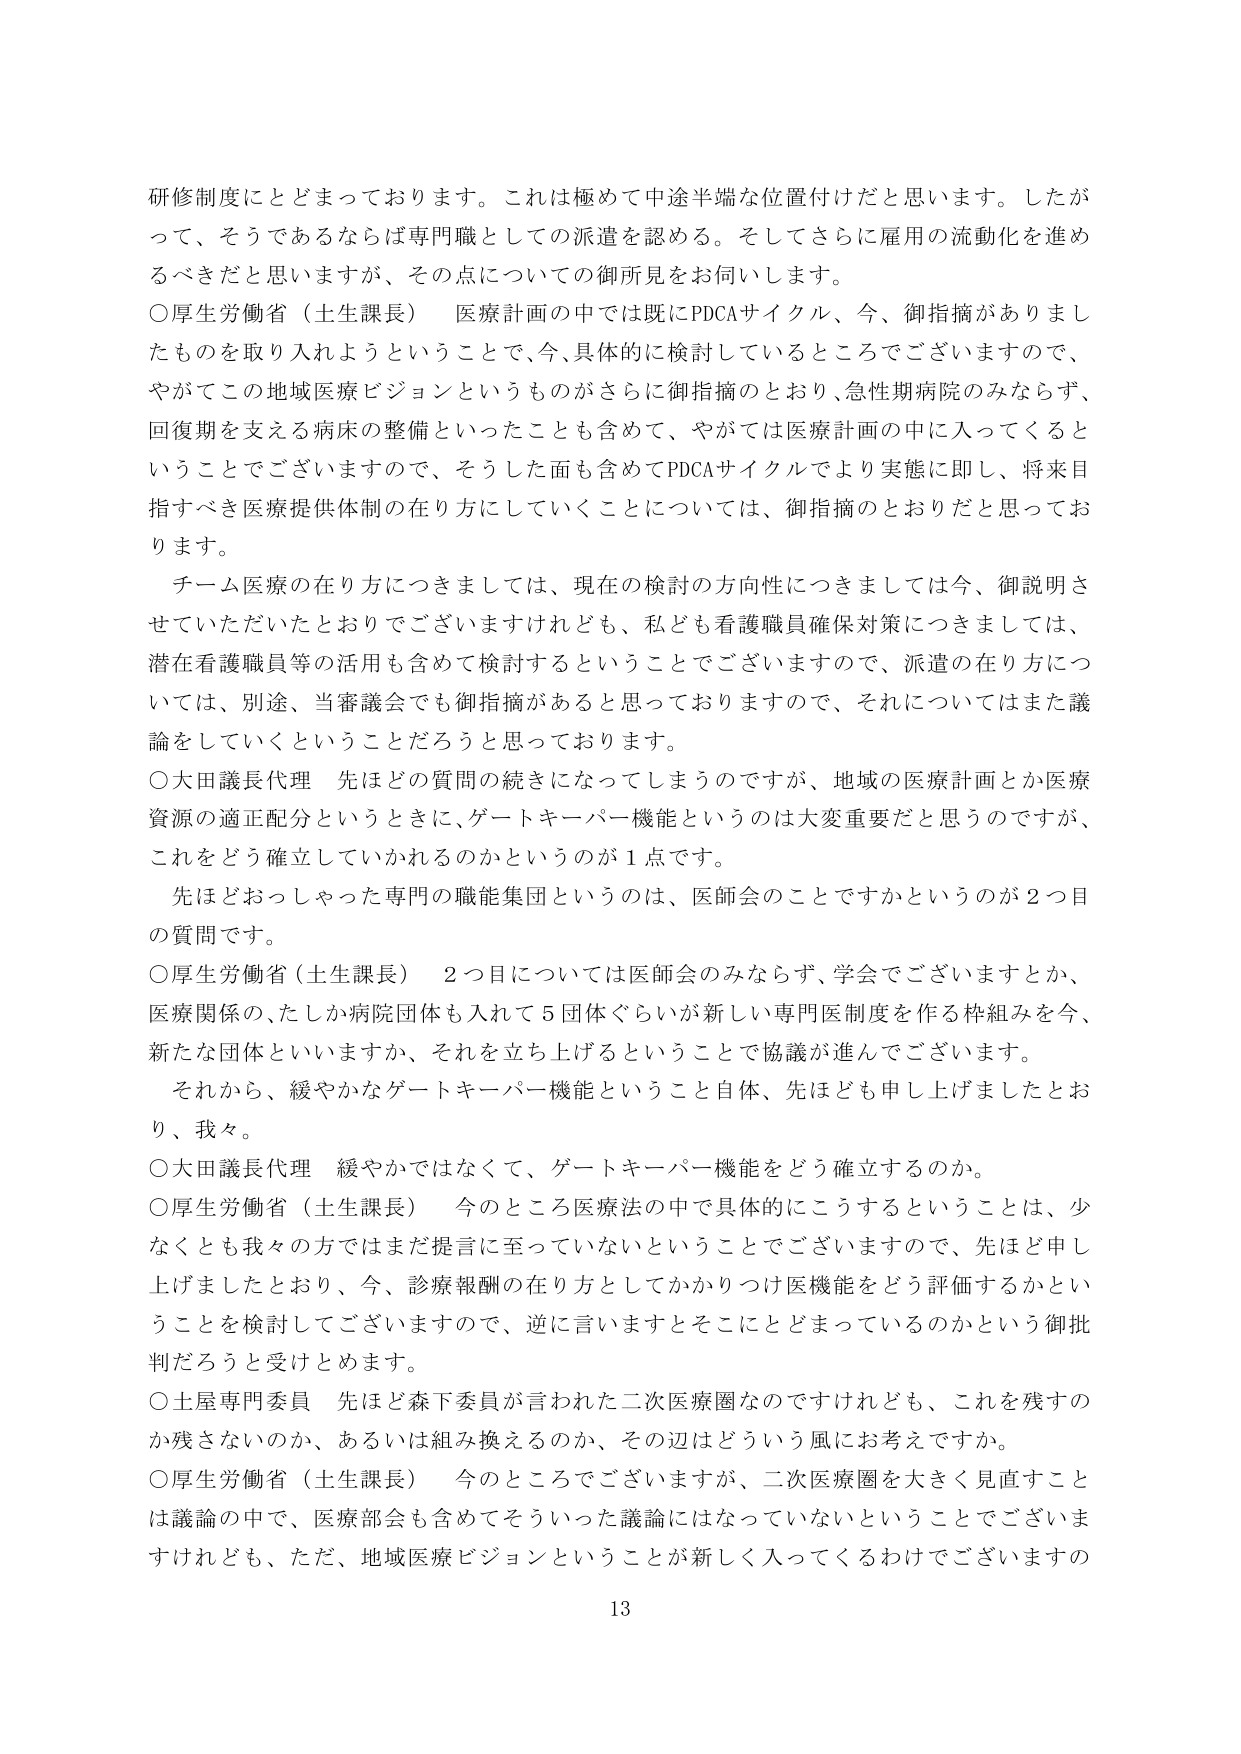
研修制度にとどまっております。これは極めて中途半端な位置付けだと思います。したがって、そうであるならば専門職としての派遣を認める。そしてさらに雇用の流動化を進めるべきだと思いますが、その点についての御所見をお伺いします。

○厚生労働省（土生課長） 医療計画の中では既にPDCAサイクル、今、御指摘がありましたものを取り入れようということで、今、具体的に検討しているところでございますので、やがてこの地域医療ビジョンというものがさらに御指摘のとおり、急性期病院のみならず、回復期を支える病床の整備といったことも含めて、やがては医療計画の中に入ってくるということでございますので、そうした面も含めてPDCAサイクルでより実態に即し、将来目指すべき医療提供体制の在り方にしていくことについては、御指摘のとおりだと思っております。

チーム医療の在り方につきましては、現在の検討の方向性につきましては今、御説明させていただいたとおりでございますけれども、私ども看護職員確保対策につきましては、潜在看護職員等の活用も含めて検討するということでございますので、派遣の在り方については、別途、当審議会でも御指摘があると思っておりますので、それについてはまた議論をしていくということだろうと思っております。

○大田議長代理 先ほどの質問の続きになってしまうのですが、地域の医療計画とか医療資源の適正配分というときに、ゲートキーパー機能というのは大変重要だと思うのですが、これをどう確立していかれるのかというのが1点です。

先ほどおっしゃった専門の職能集団というのは、医師会のことですかというのが2つ目の質問です。

○厚生労働省（土生課長） 2つ目については医師会のみならず、学会でございますとか、医療関係の、たしか病院団体も入れて5団体ぐらいが新しい専門医制度を作る枠組みを今、新たな団体といいますか、それを立ち上げるということで協議が進んでございます。

それから、緩やかなゲートキーパー機能ということ自体、先ほども申し上げましたとおり、我々。

○大田議長代理 緩やかではなくて、ゲートキーパー機能をどう確立するのか。

○厚生労働省（土生課長） 今のところ医療法の中で具体的にこうするということは、少なくとも我々の方ではまだ提言に至っていないということでございますので、先ほど申し上げましたとおり、今、診療報酬の在り方としてかかりつけ医機能をどう評価するかということを検討してございますので、逆に言いますとそこにとどまっているのかという御批判だろうと受けとめます。

○土屋専門委員 先ほど森下委員が言われた二次医療圏なのですが、これを残すのか残さないのか、あるいは組み換えるのか、その辺はどういう風にお考えですか。

○厚生労働省（土生課長） 今のところでございますが、二次医療圏を大きく見直すことは議論の中で、医療部会も含めてそういった議論にはなっていないということでございますけれども、ただ、地域医療ビジョンということが新しく入ってくるわけでございますの

13